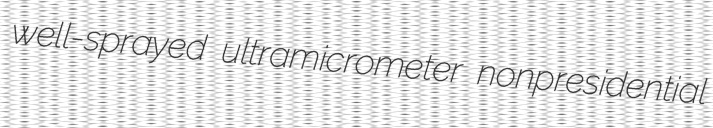
well-sprayed ultramicrometer nonpresidential